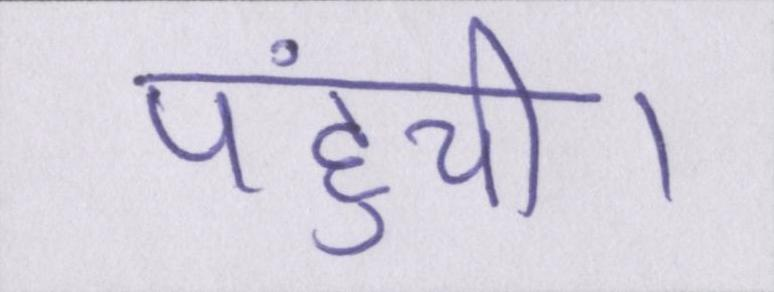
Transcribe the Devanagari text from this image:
पहुंची।